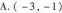
A.(-3，-1)